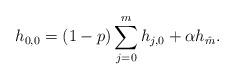
LaTeX: \begin{align*}h_{0,0}= (1-p)\sum_{j=0}^{m}h_{j,0}+\alpha h_{\hat{m}}.\end{align*}